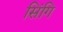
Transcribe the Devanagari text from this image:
सिंगि